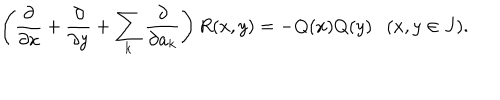
LaTeX: \left( { \frac { \partial } { \partial x } } + { \frac { \partial } { \partial y } } + \sum _ { k } { \frac { \partial } { \partial a _ { k } } } \right) R ( x , y ) = - Q ( x ) Q ( y ) \ \ \ ( x , y \in J ) .